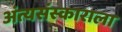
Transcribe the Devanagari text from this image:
अंत्यसंस्काराला